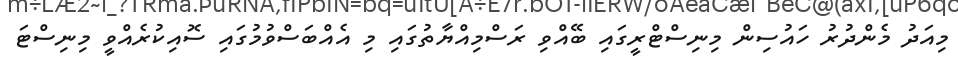
މިއަދު މެންދުރު ހައުސިން މިނިސްޓްރީގައި ބޭއްވި ރަސްމިއްޔާތުގައި މި އެއްބަސްވުމުގައި ސޮއިކުރެއްވީ މިނިސްޓަ